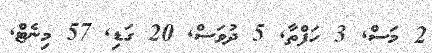
2 މަސް